Report of the Imperial Institute of Veterinary Research, Muktesar
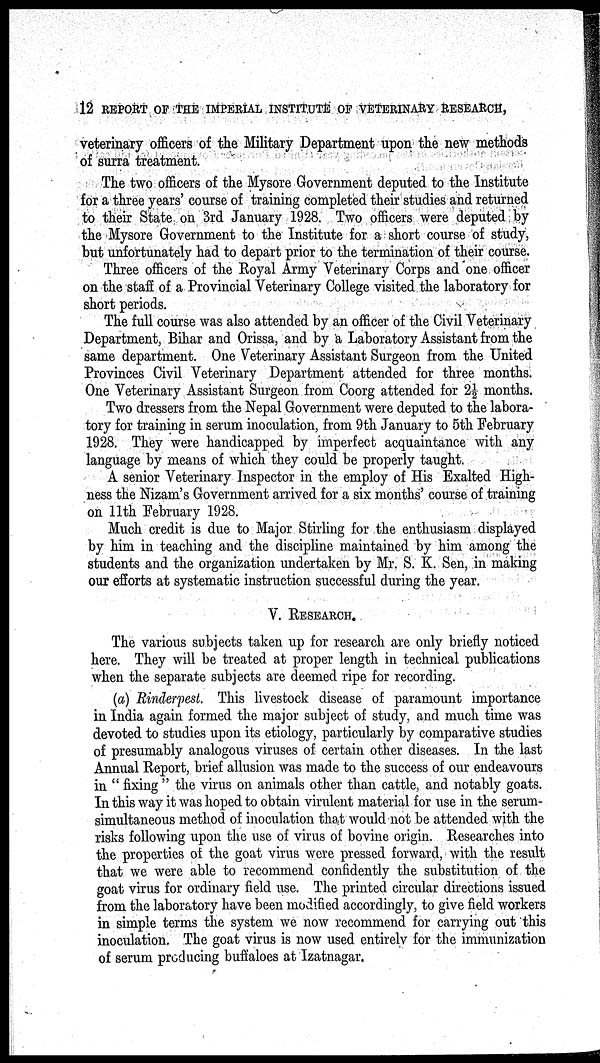
12 REPORT OF THE IMPERIAL INSTITUTE OF VETERINARY RESEARCH,
veterinary officers of the Military Department upon the new methods
of surra treatment.
The two officers of the Mysore Government deputed to the Institute
for a three years' course of training completed their studies and returned
to their State on 3rd January 1928. Two officers were deputed by
the Mysore Government to the Institute for a short course of study,
but unfortunately had to depart prior to the termination of their course.
Three officers of the Royal Army Veterinary Corps and one officer
on the staff of a Provincial Veterinary College visited the laboratory for
short periods.
The full course was also attended by an officer of the Civil Veterinary
Department, Bihar and Orissa, and by a Laboratory Assistant from the
same department. One Veterinary Assistant Surgeon from the United
Provinces Civil Veterinary Department attended for three months.
One Veterinary Assistant Surgeon from Coorg attended for 2½ months.
Two dressers from the Nepal Government were deputed to the labora-
tory for training in serum inoculation, from 9th January to 5th February
1928. They were handicapped by imperfect acquaintance with any
language by means of which they could be properly taught.
A senior Veterinary Inspector in the employ of His Exalted High-
ness the Nizam's Government arrived for a six months' course of training
on 11th February 1928.
Much credit is due to Major Stirling for the enthusiasm displayed
by him in teaching and the discipline maintained by him among the
students and the organization undertaken by Mr. S. K. Sen, in making
our efforts at systematic instruction successful during the year.
V. RESEARCH.
The various subjects taken up for research are only briefly noticed
here. They will be treated at proper length in technical publications
when the separate subjects are deemed ripe for recording.
(a) Rinderpest. This livestock disease of paramount importance
in India again formed the major subject of study, and much time was
devoted to studies upon its etiology, particularly by comparative studies
of presumably analogous viruses of certain other diseases. In the last
Annual Report, brief allusion was made to the success of our endeavours
in " fixing " the virus on animals other than cattle, and notably goats.
In this way it was hoped to obtain virulent material for use in the serum-
simultaneous method of inoculation that would not be attended with the
risks following upon the use of virus of bovine origin. Researches into
the properties of the goat virus were pressed forward, with the result
that we were able to recommend confidently the substitution of the
goat virus for ordinary field use. The printed circular directions issued
from the laboratory have been modified accordingly, to give field workers
in simple terms the system we now recommend for carrying out this
inoculation. The goat virus is now used entirely for the immunization
of serum producing buffaloes at Izatnagar.